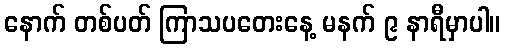
နောက် တစ်ပတ် ကြာသပတေးနေ့ မနက် ၉ နာရီမှာပါ။